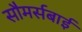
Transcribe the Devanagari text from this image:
सौमर्सबाई